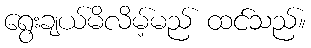
ရွေးချယ်မိလိမ့်မည် ထင်သည်။